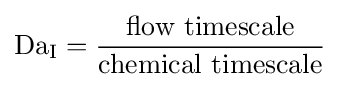
\mathrm {Da_{\mathrm {I} }} ={\frac {\text{flow timescale}}{\text{chemical timescale}}}